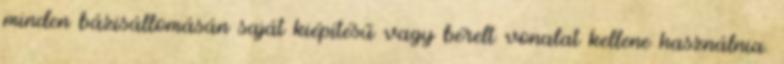
minden bázisállomásán saját kiépítésű vagy bérelt vonalat kellene használnia.